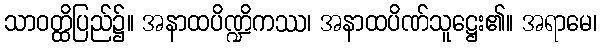
သာဝတ္ထိပြည်၌။ အနာထပိဏ္ဍိကဿ၊ အနာထပိဏ်သူဋ္ဌေး၏။ အရာမေ၊